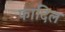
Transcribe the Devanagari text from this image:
फादिल